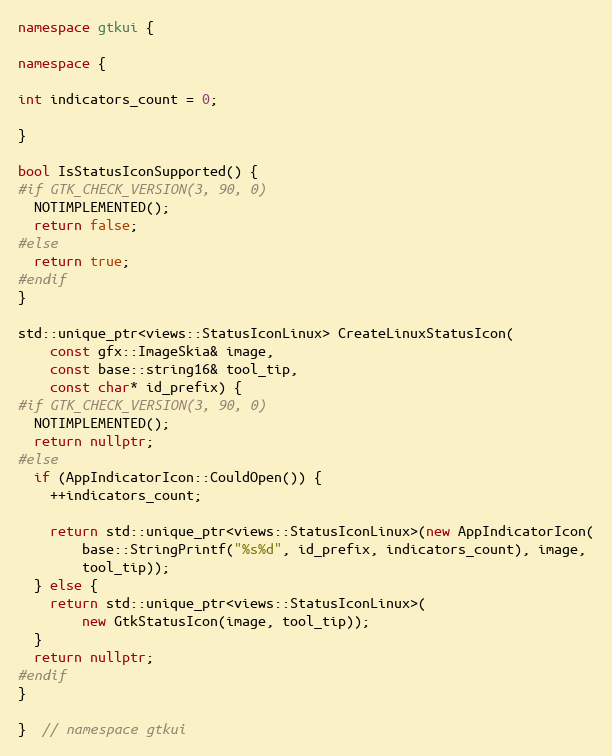
Language: C++
namespace gtkui {

namespace {

int indicators_count = 0;

}

bool IsStatusIconSupported() {
#if GTK_CHECK_VERSION(3, 90, 0)
  NOTIMPLEMENTED();
  return false;
#else
  return true;
#endif
}

std::unique_ptr<views::StatusIconLinux> CreateLinuxStatusIcon(
    const gfx::ImageSkia& image,
    const base::string16& tool_tip,
    const char* id_prefix) {
#if GTK_CHECK_VERSION(3, 90, 0)
  NOTIMPLEMENTED();
  return nullptr;
#else
  if (AppIndicatorIcon::CouldOpen()) {
    ++indicators_count;

    return std::unique_ptr<views::StatusIconLinux>(new AppIndicatorIcon(
        base::StringPrintf("%s%d", id_prefix, indicators_count), image,
        tool_tip));
  } else {
    return std::unique_ptr<views::StatusIconLinux>(
        new GtkStatusIcon(image, tool_tip));
  }
  return nullptr;
#endif
}

}  // namespace gtkui